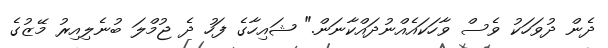
ދެން ދުވަހަކު ވެސް ވާހަކައެއްނުދައްކާނަން." ޝައިހާގެ ފަހު ދެ ޖުމްލަ ބުނެލިއިރު މޭޒުގެ